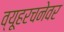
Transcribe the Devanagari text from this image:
व्यूहरचनेवर